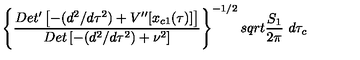
\left\{ { \frac { D e t ^ { \prime } \left[ - ( d ^ { 2 } / d \tau ^ { 2 } ) + V ^ { \prime \prime } [ x _ { c 1 } ( \tau ) ] \right] } { D e t \left[ - ( d ^ { 2 } / d \tau ^ { 2 } ) + \nu ^ { 2 } \right] } } \right\} ^ { - 1 / 2 } s q r t { { \frac { S _ { 1 } } { 2 \pi } } } \ d \tau _ { c }